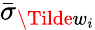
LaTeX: \bar{\sigma}_{\Tilde{w}_{i}}